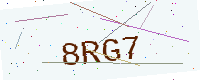
Text: 8RG7